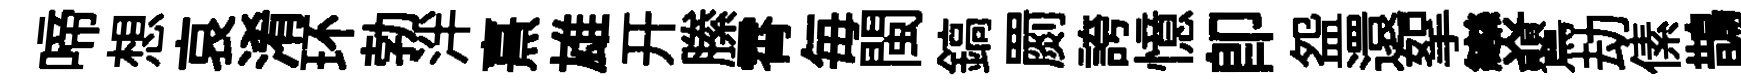
啼想哀淆环勃泮熹雄开縢霄毎閩鎬罽誇憶即盌還挐𤓖鸎劫傃鵲